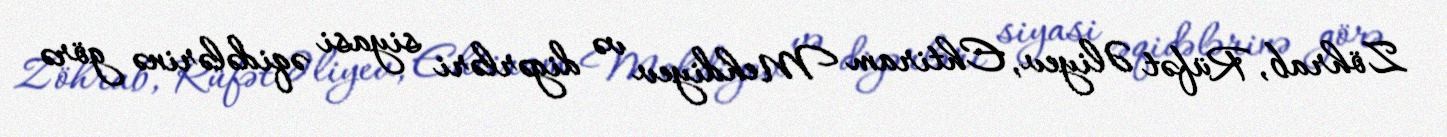
Zöhrab, Rüfət Əliyev, Ehtiram Mehdiyev və digərləri siyasi əqidələrinə görə